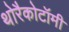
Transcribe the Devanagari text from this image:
थोरैकोटॉमी